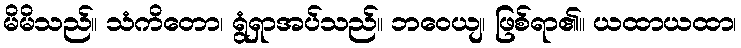
မိမိသည်။ သံကိတော၊ ရွံရှာအပ်သည်။ ဘဝေယျ၊ ဖြစ်ရာ၏။ ယထာယထာ၊